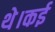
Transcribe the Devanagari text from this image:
थे।कई